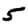
Digit: 5